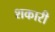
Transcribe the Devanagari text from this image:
शकारी